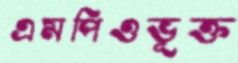
এমপিওভূক্ত